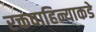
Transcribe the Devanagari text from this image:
रक्तवाहिन्याकडे